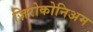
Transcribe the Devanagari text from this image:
ज़िरोकोनिअम